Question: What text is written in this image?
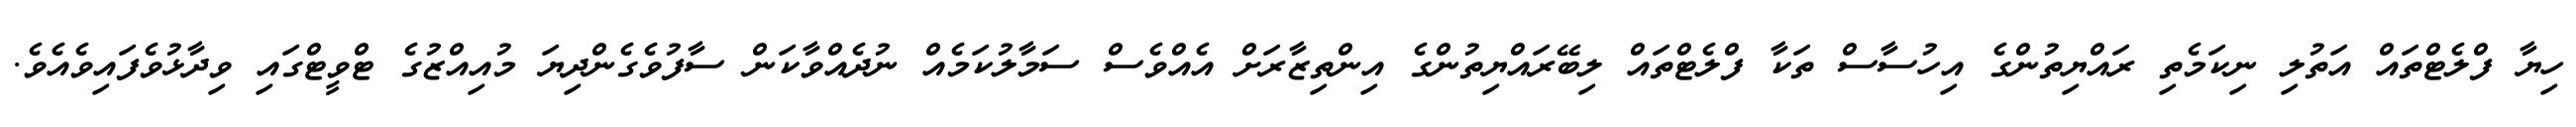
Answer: ހިޔާ ފްލެޓްތައް އަތުލި ނިކަމެތި ރައްޔިތުންގެ އިހުސާސް ތަކާ ފްލެޓްތައް ލިބޭރައްޔިތުންގެ އިންތިޒާރަށް އެއްވެސް ސަމާލުކަމެއް ނުދެއްވާކަން ސާފުވެގެންދިޔަ މުއިއްޒުގެ ޓްވީޓްގައި ވިދާޅުވެފައިވެއެވެ.